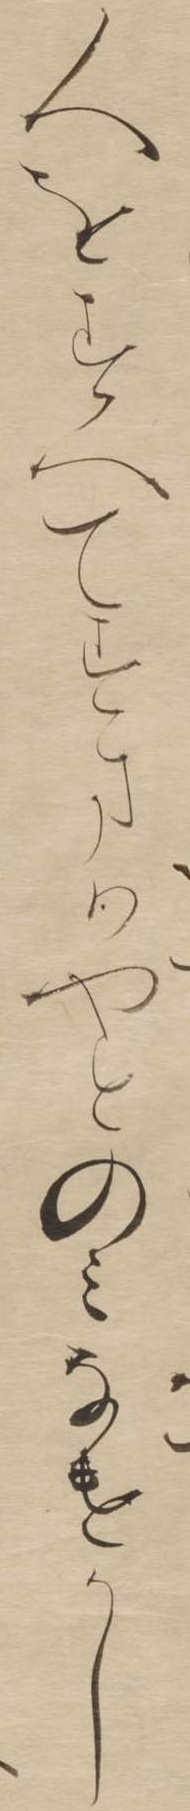
人をすへてすまはやとのみなけかし